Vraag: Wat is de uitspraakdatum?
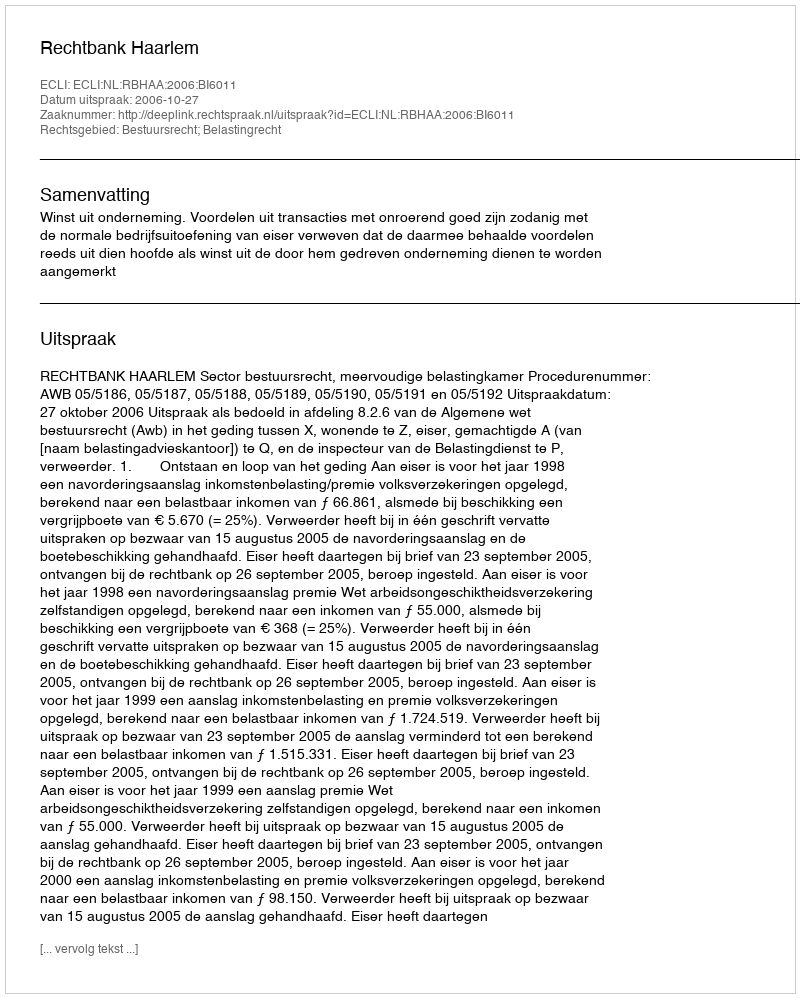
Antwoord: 2006-10-27